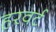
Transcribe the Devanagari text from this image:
हरवर्ट